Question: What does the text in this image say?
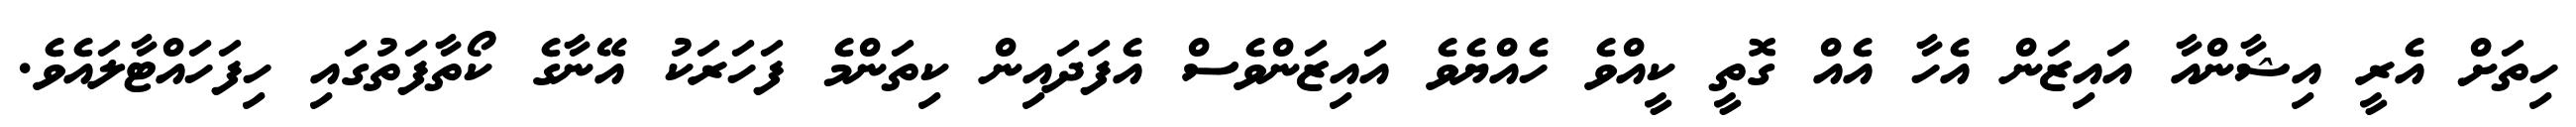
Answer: ހިތަށް އެރީ އިޝާންއާ އައިޒަން އެހާ އެއް ގޮތީ ކީއްވެ ހެއްޔެވެ އައިޒަންވެސް އެފަދައިން ކިތަންމެ ފަހަރަކު އޭނާގެ ކޯތާފަތުގައި ހިފަހައްޓާލައެވެ.